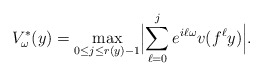
\begin{align*} V^*_\omega(y)=\max_{0\le j\le r(y)-1}\Bigl|\sum_{\ell=0}^je^{i\ell\omega}v(f^\ell y)\Bigr|.\end{align*}